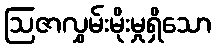
ဩဇာလွှမ်းမိုးမှုရှိသော